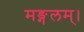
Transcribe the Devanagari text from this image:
मङ्गलम्।